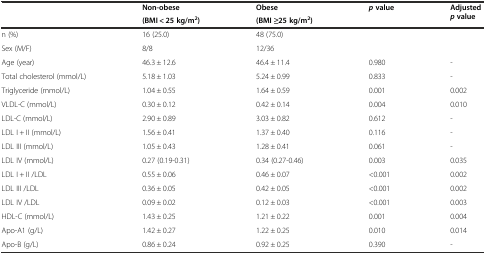
<table><thead><tr><td rowspan="2"></td><td><b>Non-obese</b></td><td><b>Obese</b></td><td rowspan="2"><b><i>p</i>value</b></td><td rowspan="2"><b>Adjusted<i>p</i>value</b></td></tr><tr><td><b>(BMI &lt; 25 kg/m<sup>2</sup>)</b></td><td><b>(BMI ≥25 kg/m<sup>2</sup>)</b></td></tr></thead><tbody><tr><td>n (%)</td><td>16 (25.0)</td><td>48 (75.0)</td><td></td><td></td></tr><tr><td>Sex (M/F)</td><td>8/8</td><td>12/36</td><td></td><td></td></tr><tr><td>Age (year)</td><td>46.3 ± 12.6</td><td>46.4 ± 11.4</td><td>0.980</td><td>-</td></tr><tr><td>Total cholesterol (mmol/L)</td><td>5.18 ± 1.03</td><td>5.24 ± 0.99</td><td>0.833</td><td>-</td></tr><tr><td>Triglyceride (mmol/L)</td><td>1.04 ± 0.55</td><td>1.64 ± 0.59</td><td>0.001</td><td>0.002</td></tr><tr><td>VLDL-C (mmol/L)</td><td>0.30 ± 0.12</td><td>0.42 ± 0.14</td><td>0.004</td><td>0.010</td></tr><tr><td>LDL-C (mmol/L)</td><td>2.90 ± 0.89</td><td>3.03 ± 0.82</td><td>0.612</td><td>-</td></tr><tr><td>LDL I + II (mmol/L)</td><td>1.56 ± 0.41</td><td>1.37 ± 0.40</td><td>0.116</td><td>-</td></tr><tr><td>LDL III (mmol/L)</td><td>1.05 ± 0.43</td><td>1.28 ± 0.41</td><td>0.061</td><td>-</td></tr><tr><td>LDL IV (mmol/L)</td><td>0.27 (0.19-0.31)</td><td>0.34 (0.27-0.46)</td><td>0.003</td><td>0.035</td></tr><tr><td>LDL I + II /LDL</td><td>0.55 ± 0.06</td><td>0.46 ± 0.07</td><td>&lt;0.001</td><td>0.002</td></tr><tr><td>LDL III /LDL</td><td>0.36 ± 0.05</td><td>0.42 ± 0.05</td><td>&lt;0.001</td><td>0.002</td></tr><tr><td>LDL IV /LDL</td><td>0.09 ± 0.02</td><td>0.12 ± 0.03</td><td>&lt;0.001</td><td>0.003</td></tr><tr><td>HDL-C (mmol/L)</td><td>1.43 ± 0.25</td><td>1.21 ± 0.22</td><td>0.001</td><td>0.004</td></tr><tr><td>Apo-A1 (g/L)</td><td>1.42 ± 0.27</td><td>1.22 ± 0.25</td><td>0.010</td><td>0.014</td></tr><tr><td>Apo-B (g/L)</td><td>0.86 ± 0.24</td><td>0.92 ± 0.25</td><td>0.390</td><td>-</td></tr></tbody></table>